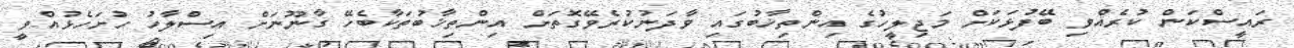
ރައީސްކަން ކުރެއްވި ބޭފުޅަކަށް މަޖިލީހުގެ އިންތިޚާބުގައި ވާދަނުކުރެވޭގޮތަށް އިންތިޚާބުތަކާބެހޭ ގާނޫނަށް އިސްލާހު ހުށަހެޅުއްވީ